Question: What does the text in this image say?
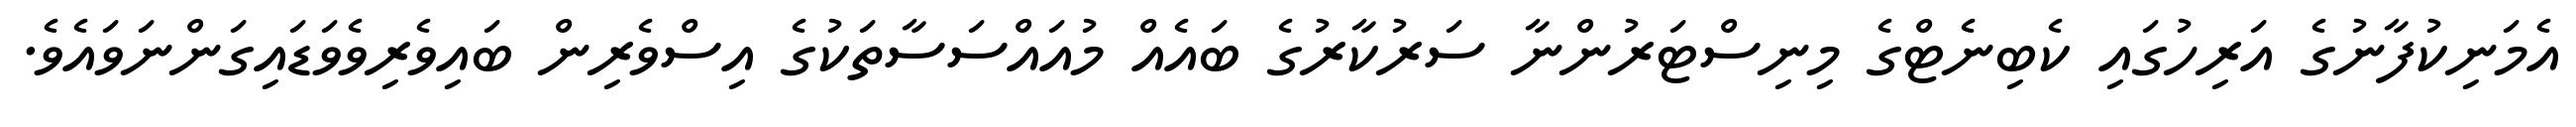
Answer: އެމަނިކުފާނުގެ އަރިހުގައި ކެބިނެޓްގެ މިނިސްޓަރުންނާ ސަރުކާރުގެ ބައެއް މުއައްސަސާތަކުގެ އިސްވެރިން ބައިވެރިވެވަޑައިގަންނަވައެވެ.